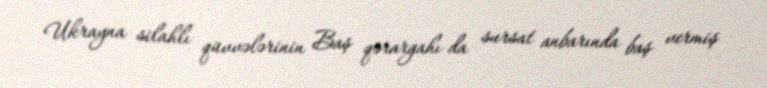
Ukrayna silahlı qüvvələrinin Baş qərargahı da sursat anbarında baş vermiş